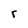
Character: r